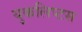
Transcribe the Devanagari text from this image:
युकलिप्टस